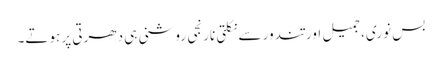
بس نوری، جمیل اور تندور سے نکلتی نارنجی روشنی ہی دھرتی پر ہوتے۔